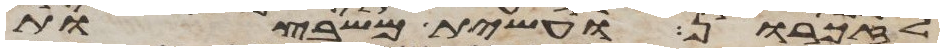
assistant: לזכרון ועשית משבצות